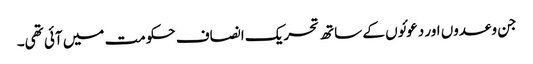
جن وعدوں اور دعوئوں کے ساتھ تحریک انصاف حکومت میں آئی تھی۔